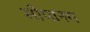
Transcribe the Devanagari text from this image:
सोपानम